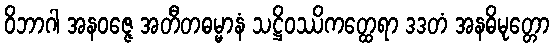
ဝိဘာဂါ အနဝဇ္ဇေ အတီတဓမ္မာနံ သဋ္ဌိဝဿိကတ္ထေရာ ဒဒတံ အနဓိမုတ္တော